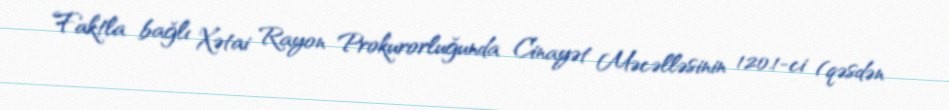
Faktla bağlı Xətai Rayon Prokurorluğunda Cinayət Məcəlləsinin 120.1-ci (qəsdən